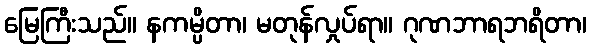
မြေကြီးသည်။ နကမ္ပိတာ၊ မတုန်လှုပ်ရာ။ ဂုဏဘာရဘရိတာ၊